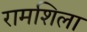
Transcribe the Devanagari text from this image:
रामशिला